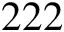
2 2 2